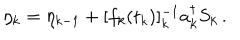
\eta _ { k } = \eta _ { k - 1 } + [ f _ { k } ( t _ { k } ) ] _ { k } ^ { - 1 } a _ { k } ^ { \dagger } S _ { k } \, .